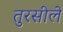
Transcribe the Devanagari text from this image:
तुरसीले